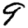
Digit: 9